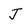
Character: J